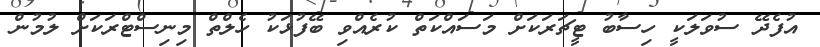
އުފެދޭ ސުވަލަކީ ހިސާބު ޓީޗަރަކަށް މަސައްކަތް ކުރެއްވި ބޭފުޅަކު ހެލްތް މިނިސްޓްރަކަށް ލުމުން